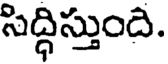
సిద్ధిస్తుంది.